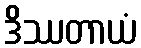
ဒိဿတာယံ